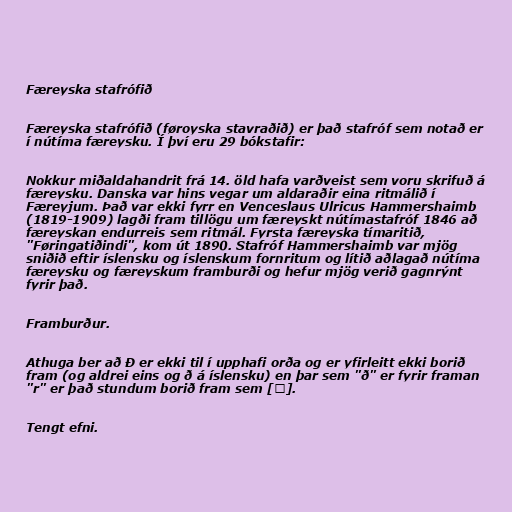
Færeyska stafrófið

Færeyska stafrófið (føroyska stavraðið) er það stafróf sem notað er
í nútíma færeysku. Í því eru 29 bókstafir:

Nokkur miðaldahandrit frá 14. öld hafa varðveist sem voru skrifuð á
færeysku. Danska var hins vegar um aldaraðir eina ritmálið í
Færeyjum. Það var ekki fyrr en Venceslaus Ulricus Hammershaimb
(1819-1909) lagði fram tillögu um færeyskt nútímastafróf 1846 að
færeyskan endurreis sem ritmál. Fyrsta færeyska tímaritið,
"Føringatiðindi", kom út 1890. Stafróf Hammershaimb var mjög
sniðið eftir íslensku og íslenskum fornritum og lítið aðlagað nútíma
færeysku og færeyskum framburði og hefur mjög verið gagnrýnt
fyrir það.

Framburður.

Athuga ber að Ð er ekki til í upphafi orða og er yfirleitt ekki borið
fram (og aldrei eins og ð á íslensku) en þar sem "ð" er fyrir framan
"r" er það stundum borið fram sem [ɡ].

Tengt efni.